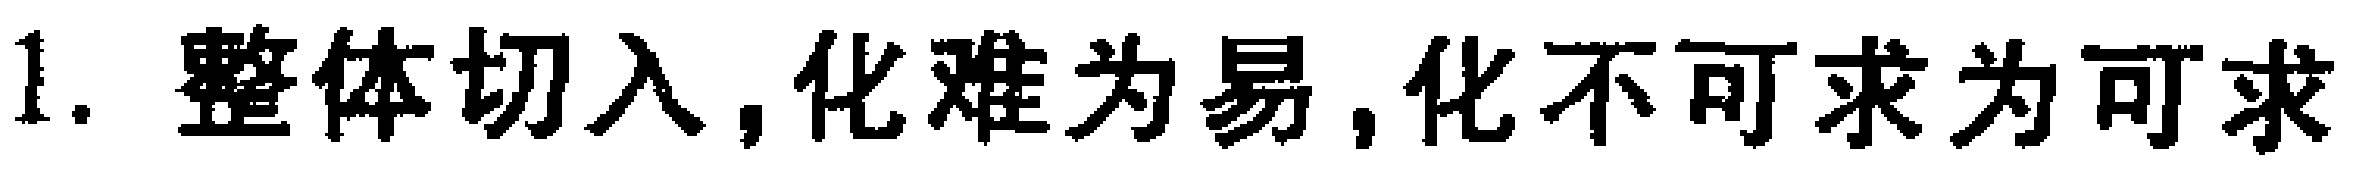
1. 整体切入,化难为易,化不可求为可求